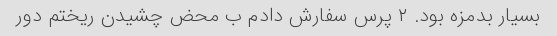
بسیار بدمزه بود. ۲ پرس سفارش دادم ب محض چشیدن ریختم دور